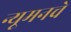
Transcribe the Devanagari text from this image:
न्यूमनचे